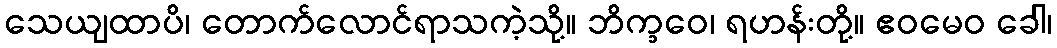
သေယျထာပိ၊ တောက်လောင်ရာသကဲ့သို့။ ဘိက္ခဝေ၊ ရဟန်းတို့။ ဧဝမေဝ ခေါ၊